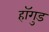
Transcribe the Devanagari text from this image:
हॉगुड